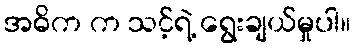
အဓိက က သင့်ရဲ့ ရွေးချယ်မှုပါ။